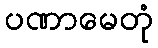
ပဏာမေတုံ